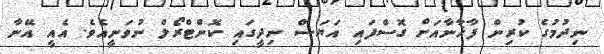
ނިދުމުގެ ކުރިން ފާޚާނާއަށް ގޮސްފައި އަޔަސް ނިދީގައި ކޮންޓްރޯލް ނުވަނީއެވެ. އެއީ އޭނާ